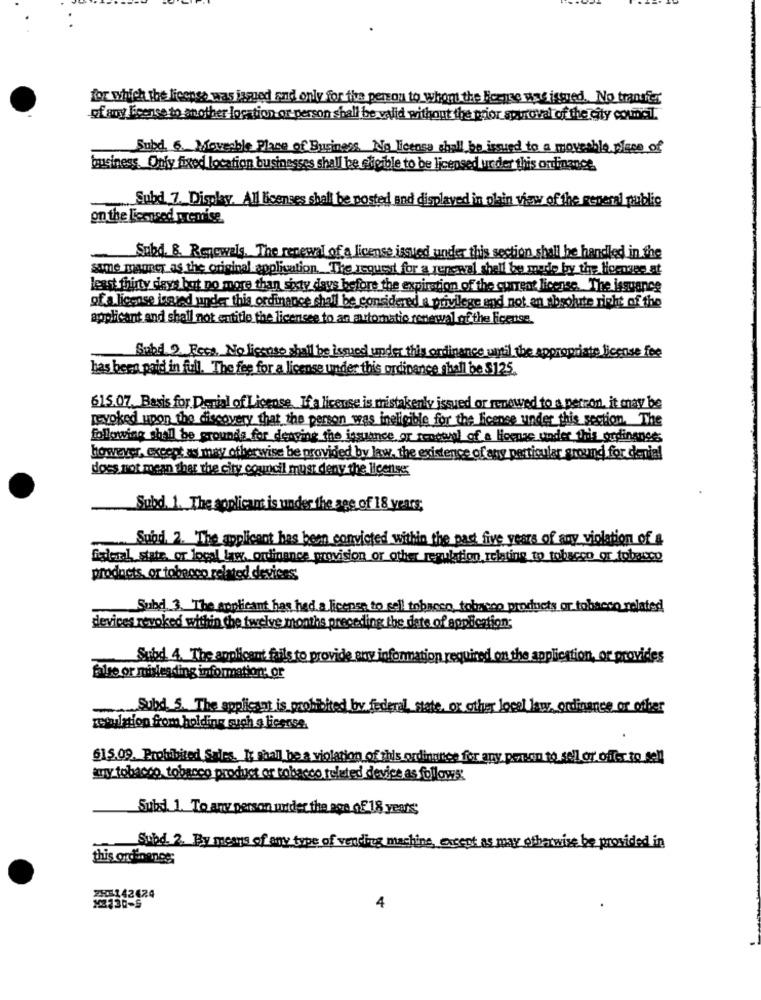
for which the license was issued and only for the person to whom the Bocuse wine isqued. No transfer
of any License to another location or person shall be valid without the prior spinoval of the city coundt.
Subd. 6. Movesble Place of Business No license shall be issued to a movesble place of
business. Only fixed location businesses shall be eligible to be licensed under this onfinance.
Subd. 7. Display. All licences shall be posted and displayed in plain view of the general public
on the Licensed premise
-
Subd. 8. Renewals. The renewal of a license issued under this section shall be handled in the
same manner as the original application. The request for a renewal shell be made by the Hommes at
least thirty days but no more than sixty days before the expiration of the current license. The issuance
of a license ingred under this ordinance shall be considered a privilege and not an absolute right of the
applicant and shall not entitle the licenses to an automatic renewal of the license.
Subd 2. Fecs, No license shall be issued under this ordinance until the appropriate license fee
has been paid in full. The fee for a license under this ordinance shall be $125.
615.07. Basis for Denial of License. If a license is mistakenly issued or renewed to a perron, it may be
revoked upon the discovery that the person was ineligible for the license under this section, The
following thell be grounds for derving the issuance or sengenel of a license under this ordinance
however, except as may otherwise be provided by law, the existence of any particular ground for denial
does not mean that the city council must deny the license
Subd. 1. The applicant is under the age of 18 years;
Subi. 2. The applicant has been convicted within the past five years of any violation of a
fialeal statr. or local law, orfinance provision or other regulation relating to tobacco or tobacco
products, or tobacco related devices
Subd. 3. The applicant has had a license to sell tobacco, tobacco products or tobacco related
devices revoked within the twelve months preceding the dete of application;
Subd. 4. The applicant fails to provide any information requis
on the application, or provides
false or misleading information: or
-
Subd. 5. The applicant is prohibited by federal, state, or other local law, ordinance or other
zetulation from holding much s license
615.09. Prohibited Sales. It Shall be a violation of this ordinance for any person to sell or offer to sell
any tobacco tobacco product or tobacco related device as follows:
Subal. 1. To any person under the age of 18 years;
Sund 2. By means of any type of vending machine, except as may otherwise be provided in
this ordinenes;
2305142624
4